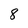
Character: 8